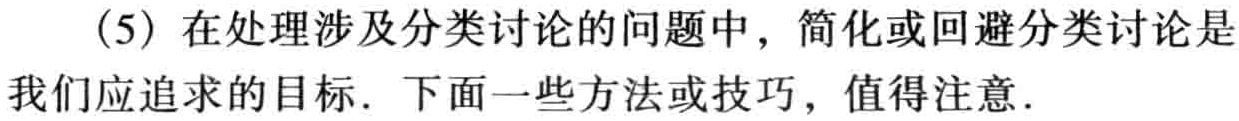
（5）在处理涉及分类讨论的问题中，简化或回避分类讨论是我们应追求的目标. 下面一些方法或技巧，值得注意.